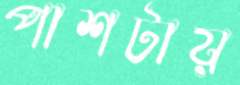
পাশটায়